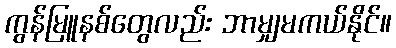
ကွန်မြူနစ်တွေလည်း ဘာမျှမကယ်နိုင်။